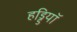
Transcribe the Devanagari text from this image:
हड्डियॉ